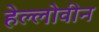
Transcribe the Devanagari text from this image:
हेल्लोवीन